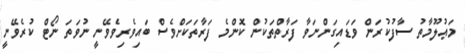
މަޢުލޫމާތު ސާފުކުރަން ވަޑައިގަންނަވާ ފަރާތްތަކުން ކޮންމެ ފަރާތަކަށްވެސް ބައިވެރިވެވޭނީ ނުވަތަ ނޯޓް ކުރެވޭނީ